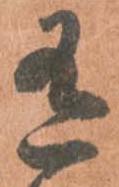
有